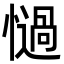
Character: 𢣄